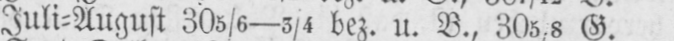
Juli⸗August 305/6-3/4 bez. u. B., 305/8 G.